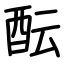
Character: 酝